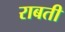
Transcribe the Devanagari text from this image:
राबती